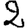
Digit: 2